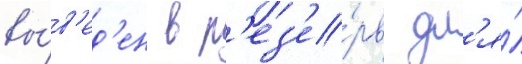
вы́в'ед'ен в р'ез'е́рв дл'я́